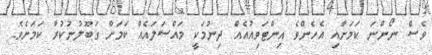
ވެސް ނޯންނަ ކަމަށާއި އެހެންވެ އިންޓަވިއުއެއް ދިނުމަކީ މައްސަލައެއް ކަމަށް ގަބޫލުނުކުރާ ކަމަށެވެ.